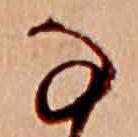
な